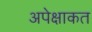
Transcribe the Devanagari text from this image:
अपेक्षाकत